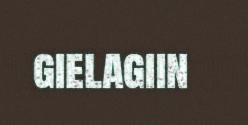
gielagiin